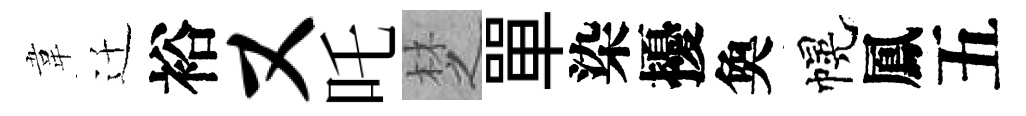
韋迁裕又吒椘單染擾奐幌鳳五